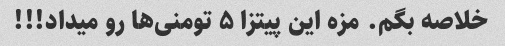
خلاصه بگم. مزه این پیتزا ۵ تومنی‌ها رو میداد!!!